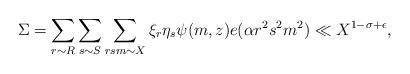
LaTeX: \begin{align*} \Sigma = \sum_{r \sim R} \sum_{s \sim S} \sum_{rsm \sim X} \xi_r\eta_s \psi(m, z) e(\alpha r^2s^2m^2) \ll X^{1 - \sigma + \epsilon}, \end{align*}